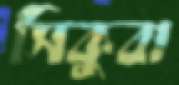
সিকুবা